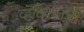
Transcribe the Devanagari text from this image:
व्हॅटिकनची